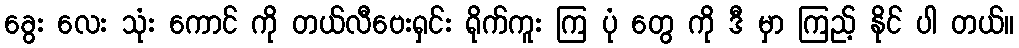
ခွေး လေး သုံး ကောင် ကို တယ်လီဗေးရှင်း ရိုက်ကူး ကြ ပုံ တွေ ကို ဒီ မှာ ကြည့် နိုင် ပါ တယ်။